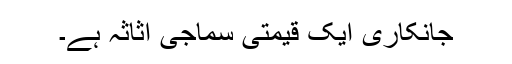
جانکاری ایک قیمتی سماجی اثاثہ ہے۔